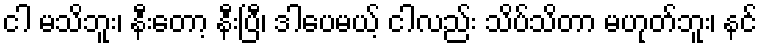
ငါ မသိဘူး၊ နီးတော့ နီးပြီ၊ ဒါပေမယ့် ငါလည်း သိပ်သိတာ မဟုတ်ဘူး၊ နင်